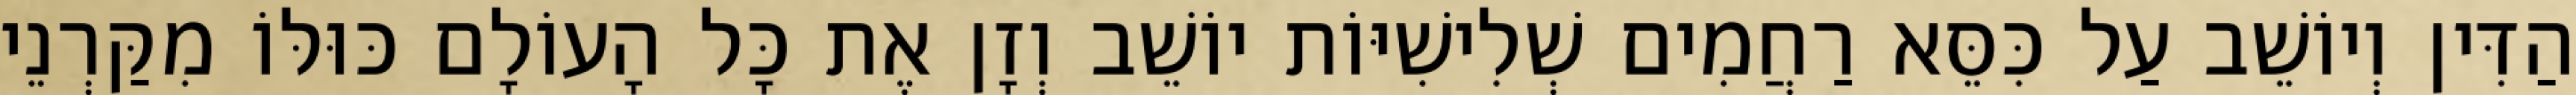
הַדִּין וְיוֹשֵׁב עַל כִּסֵּא רַחֲמִים שְׁלִישִׁיּוֹת יוֹשֵׁב וְזָן אֶת כָּל הָעוֹלָם כּוּלּוֹ מִקַּרְנֵי